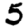
Digit: 5